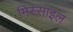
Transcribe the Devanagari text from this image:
मिस्साइल